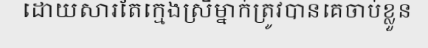
ដោយសារតែក្មេងស្រីម្នាក់ត្រូវបានគេចាប់ខ្លួន